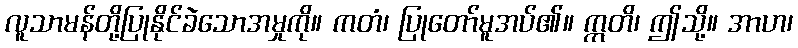
လူသာမန်တို့ပြုနိုင်ခဲသောအမှုကို။ ကတံ၊ ပြုတော်မူအပ်၏။ ဣတိ၊ ဤသို့။ အာဟ၊